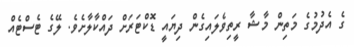
ގެ އެދުމުގެ މަތިން މާޝާ ރީތިވެލައިގެން ދިޔައީ ޑޮކްޓަރަށް ދައްކާލާށެވެ. ލޭގެ ޓެސްޓެއް